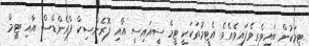
ޓީމަކުން ބައިވެރިވެފައިވެއެވެ. އެޓީމުތަކަކީ ޓީމް ސީއައިސީ އާއި ފޮރެންސިކް ފްރެންޑްސް އާއި ޓީމް